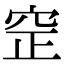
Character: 䆙